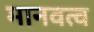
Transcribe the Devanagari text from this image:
मानवत्व